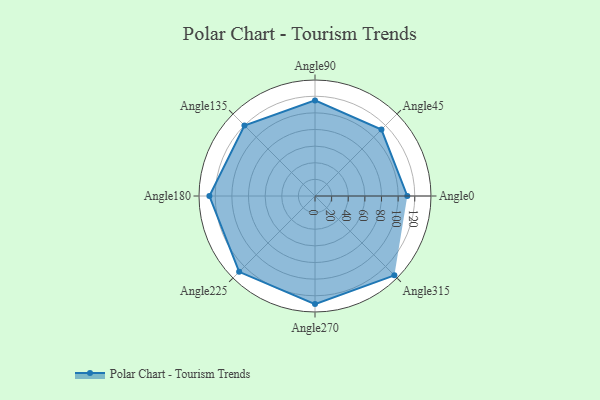
{"axis": {"x": "Angle", "y": "Radius"}, "legend": [""], "data": [{"x": "Angle0", "y": 111.0, "type": ""}, {"x": "Angle45", "y": 113.0, "type": ""}, {"x": "Angle90", "y": 115.0, "type": ""}, {"x": "Angle135", "y": 120.0, "type": ""}, {"x": "Angle180", "y": 127.0, "type": ""}, {"x": "Angle225", "y": 129.0, "type": ""}, {"x": "Angle270", "y": 130.0, "type": ""}, {"x": "Angle315", "y": 135.0, "type": ""}]}